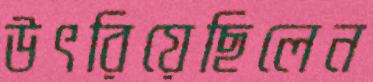
উৎরিয়েছিলেন